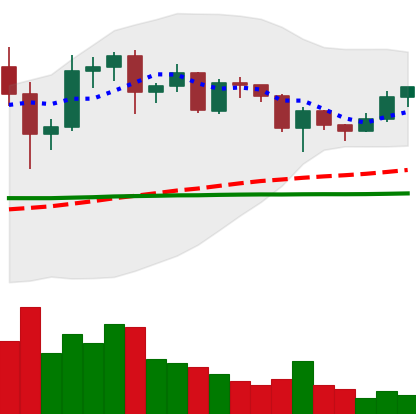
Ticker: ADA-USD
Chart end date: 2020-12-14
Forward return: 4.255%
Label: up_3_5